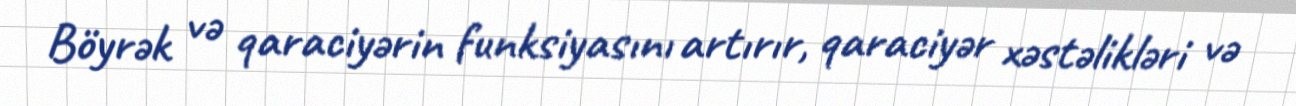
Böyrək və qaraciyərin funksiyasını artırır, qaraciyər xəstəlikləri və